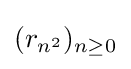
(r_{n^{2}})_{n\geq 0}